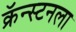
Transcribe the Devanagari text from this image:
क्रॅन्स्टनला